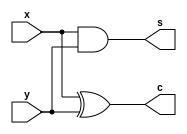
module HalfAdder(input x, input y, output c, output s);
	
	assign c = x ^ y;
	assign s = x & y;
	
endmodule